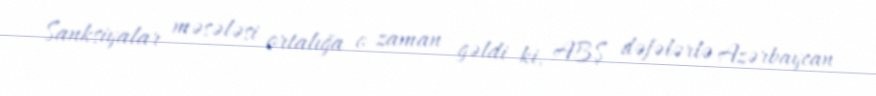
Sanksiyalar məsələsi ortalığa o zaman gəldi ki, ABŞ dəfələrlə Azərbaycan